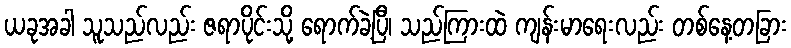
ယခုအခါ သူသည်လည်း ဇရာပိုင်းသို့ ရောက်ခဲ့ပြီ၊ သည်ကြားထဲ ကျန်းမာရေးလည်း တစ်နေ့တခြား